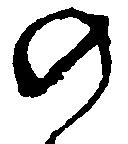
の